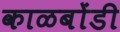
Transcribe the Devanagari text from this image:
काळबोंडी